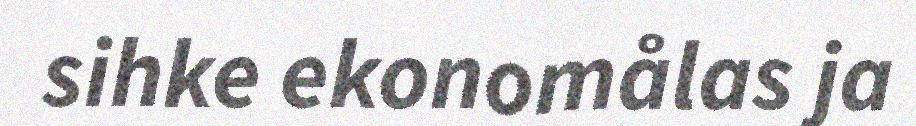
sihke ekonomålas ja